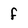
Character: f